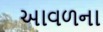
આવળના